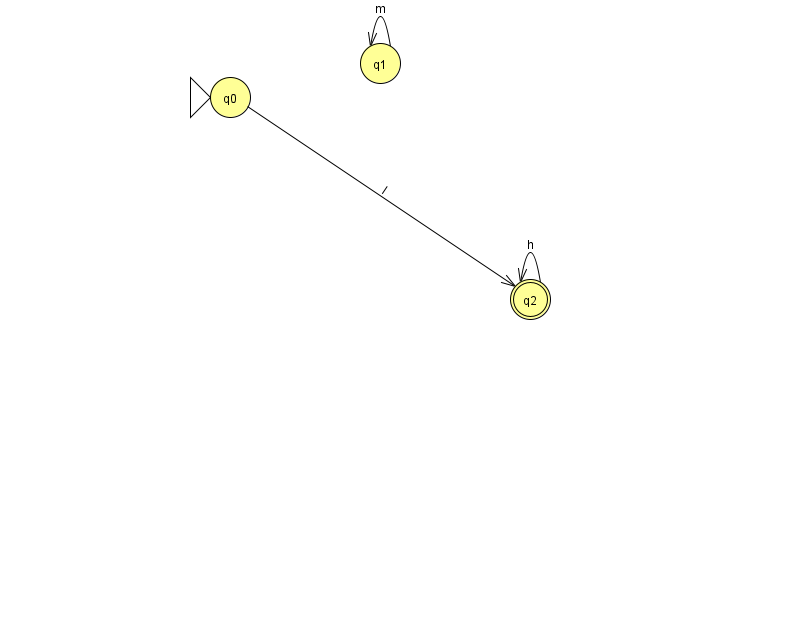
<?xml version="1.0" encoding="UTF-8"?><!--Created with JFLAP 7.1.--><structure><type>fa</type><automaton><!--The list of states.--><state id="0" name="q0"><x>230.0</x><y>84.0</y><initial/></state><state id="1" name="q1"><x>380.0</x><y>50.0</y></state><state id="2" name="q2"><x>530.0</x><y>286.0</y><final/></state><!--The list of transitions.--><transition><from>0</from><to>2</to><read>l</read></transition><transition><from>2</from><to>2</to><read>h</read></transition><transition><from>1</from><to>1</to><read>m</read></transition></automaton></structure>